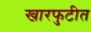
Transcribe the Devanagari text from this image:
खारफुटीत